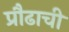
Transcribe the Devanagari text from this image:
प्रौढाची